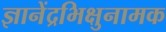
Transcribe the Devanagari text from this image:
ज्ञानेंद्रभिक्षुनामक